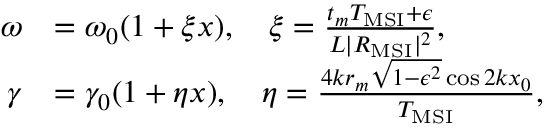
\begin{array} { r l } { \omega } & { = \omega _ { 0 } ( 1 + \xi x ) , \quad \xi = \frac { t _ { m } T _ { \mathrm { M S I } } + \epsilon } { L | R _ { \mathrm { M S I } } | ^ { 2 } } , } \\ { \gamma } & { = \gamma _ { 0 } ( 1 + \eta x ) , \quad \eta = \frac { 4 k r _ { m } \sqrt { 1 - \epsilon ^ { 2 } } \cos 2 k x _ { 0 } } { T _ { \mathrm { M S I } } } , } \end{array}